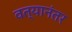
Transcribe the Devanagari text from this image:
वत्यानंतर